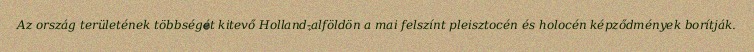
Az ország területének többségét kitevő Holland-alföldön a mai felszínt pleisztocén és holocén képződmények borítják.